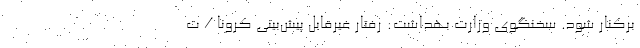
برکنار شود. سخنگوی وزارت بهداشت: رفتار غیرقابل پیش‌بینی کرونا / ت